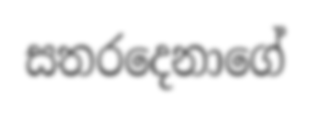
සතරදෙනාගේ